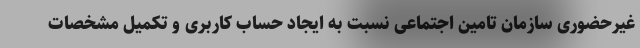
غیرحضوری سازمان تامین اجتماعی نسبت به ایجاد حساب کاربری و تکمیل مشخصات